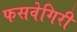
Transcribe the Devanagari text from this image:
फसवेगिरी